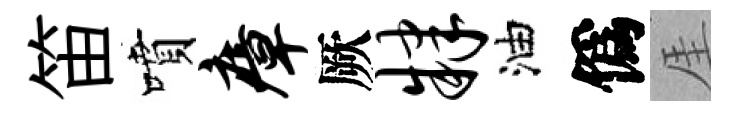
笛噴瘴厥肄油僞厓